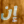
إن